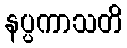
နပ္ပကာသတိ